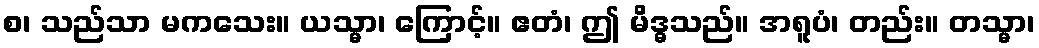
စ၊ သည်သာ မကသေး။ ယသ္မာ၊ ကြောင့်။ ဧတံ၊ ဤ မိဒ္ဓသည်။ အရူပံ၊ တည်း။ တသ္မာ၊